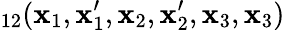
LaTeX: _{12}(\mathbf{x}_{1},\mathbf{x}_{1}^{\prime},\mathbf{x}_{2},\mathbf{x}_{2}^{\prime},\mathbf{x}_{3},\mathbf{x}_{3})